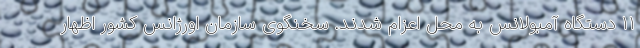
١١ دستگاه آمبولانس به محل اعزام شدند. سخنگوی سازمان اورژانس کشور اظهار